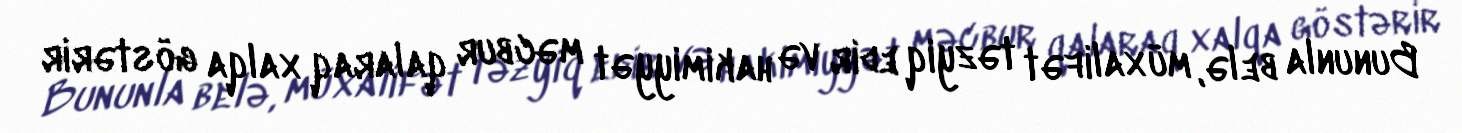
Bununla belə, müxalifət təzyiq edir və hakimiyyət məcbur qalaraq xalqa göstərir